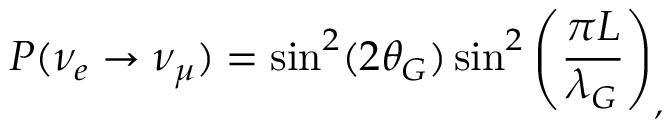
P ( \nu _ { e } \rightarrow \nu _ { \mu } ) = \sin ^ { 2 } ( 2 \theta _ { G } ) \sin ^ { 2 } \left( \frac { \pi L } { \lambda _ { G } } \right) _ { , }